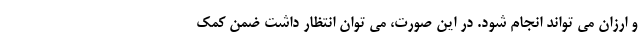
و ارزان می تواند انجام شود. در این صورت، می توان انتظار داشت ضمن کمک